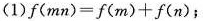
（1）$$f ( m n )= f ( m )+ f ( n )$$；